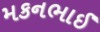
મકનભાઈ